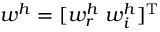
w ^ { h } = [ w _ { r } ^ { h } \; w _ { i } ^ { h } ] ^ { \mathrm { T } }